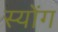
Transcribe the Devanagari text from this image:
स्योंग